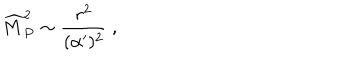
{ \widehat M } _ { P } ^ { 2 } \sim { \frac { r ^ { 2 } } { ( \alpha ^ { \prime } ) ^ { 2 } } } ~ ,